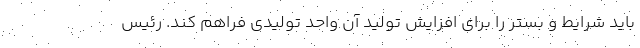
باید شرایط و بستر را برای افزایش تولید آن واحد تولیدی فراهم کند. رئیس